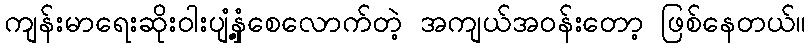
ကျန်းမာရေးဆိုးဝါးပျံ့နှံ့စေလောက်တဲ့ အကျယ်အဝန်းတော့ ဖြစ်နေတယ်။